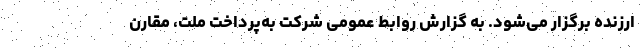
ارزنده برگزار می‌شود. به گزارش روابط عمومی شرکت به‌پرداخت ملت، مقارن